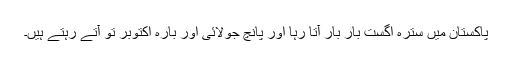
پاکستان میں سترہ اگست بار بار آتا رہا اور پانچ جولائی اور بارہ اکتوبر تو آتے رہتے ہیں۔